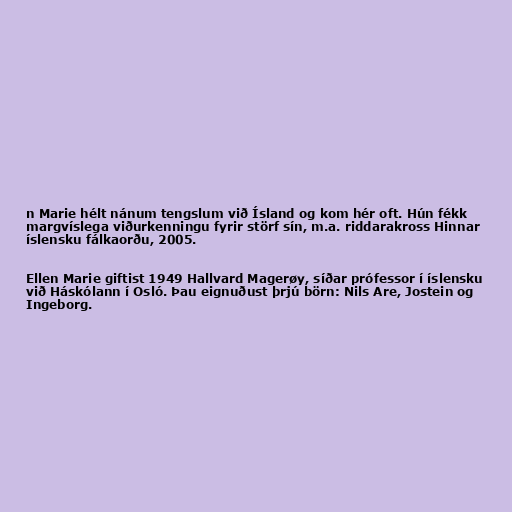
n Marie hélt nánum tengslum við Ísland og kom hér oft. Hún fékk
margvíslega viðurkenningu fyrir störf sín, m.a. riddarakross Hinnar
íslensku fálkaorðu, 2005.

Ellen Marie giftist 1949 Hallvard Magerøy, síðar prófessor í íslensku
við Háskólann í Osló. Þau eignuðust þrjú börn: Nils Are, Jostein og
Ingeborg.